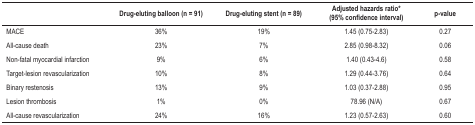
|  | Drug-eluting balloon (n = 91) | Drug-eluting stent (n = 89) | Adjusted hazards ratio*(95% confidence interval) | p-value |
 | --- | --- | --- | --- | --- |
 | MACE | 36% | 19% | 1.45 (0.75-2.83) | 0.27 |
 | All-cause death | 23% | 7% | 2.85 (0.98-8.32) | 0.06 |
 | Non-fatal myocardial infarction | 9% | 6% | 1.40 (0.43-4.6) | 0.58 |
 | Target-lesion revascularization | 10% | 8% | 1.29 (0.44-3.76) | 0.64 |
 | Binary restenosis | 13% | 9% | 1.03 (0.37-2.88) | 0.95 |
 | Lesion thrombosis | 1% | 0% | 78.96 (N/A) | 0.67 |
 | All-cause revascularization | 24% | 16% | 1.23 (0.57-2.63) | 0.60 |